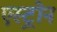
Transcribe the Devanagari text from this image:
एस्ट्रोन